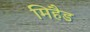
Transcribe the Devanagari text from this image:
मिहैड